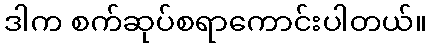
ဒါက စက်ဆုပ်စရာကောင်းပါတယ်။